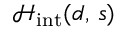
{ \mathcal { H } } _ { \mathrm { i n t } } ( d , \, s )